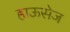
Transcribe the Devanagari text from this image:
हाऊसेज